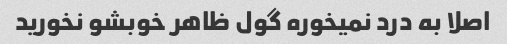
اصلا به درد نمیخوره گول ظاهر خوبشو نخورید